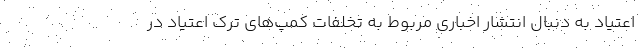
اعتیاد به دنبال انتشار اخباری مربوط به تخلفات کمپ‌های ترک اعتیاد در